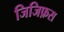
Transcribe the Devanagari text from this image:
जिजिफ़स